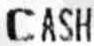
CASH